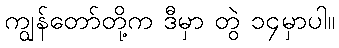
ကျွန်တော်တို့က ဒီမှာ တွဲ ၁၄မှာပါ။